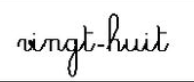
vingt-huit